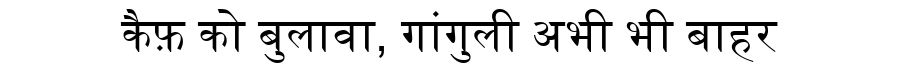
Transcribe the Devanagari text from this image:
कैफ़ को बुलावा, गांगुली अभी भी बाहर